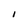
Character: I